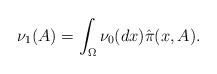
LaTeX: \begin{align*}\nu_1(A)=\int_{\Omega}\nu_0(dx)\hat{\pi}(x,A).\end{align*}